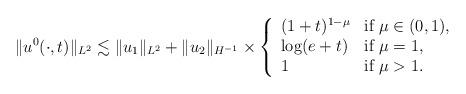
LaTeX: \begin{align*}\|u^0(\cdot,t)\|_{L^2}\lesssim\|u_1\|_{L^2}+\|u_2\|_{H^{-1}}\times\left\{\begin{array}{ll}(1+t)^{1-\mu}& \mbox{if}\ \mu \in(0,1),\\\log (e+t) & \mbox{if}\ \mu=1,\\1 & \mbox{if}\ \mu>1.\end{array}\right.\end{align*}